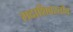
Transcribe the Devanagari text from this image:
सदाशिवस्तोत्र